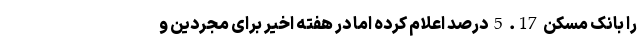
را بانک مسکن 17. 5 درصد اعلام کرده اما در هفته اخیر برای مجردین و